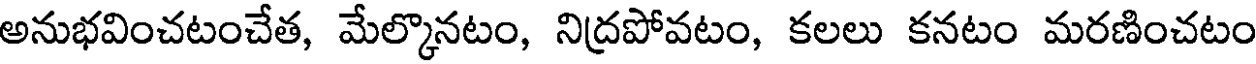
అనుభవించటంచేత, మేల్కొనటం, నిద్రపోవటం, కలలు కనటం మరణించటం